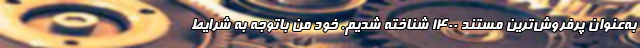
به‌عنوان پرفروش‌ترین مستند 1400 شناخته شدیم. خود من باتوجه به شرایط